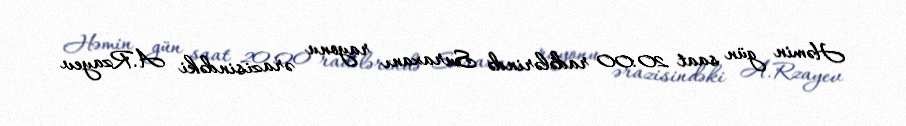
Həmin gün saat 20:00 radələrində Suraxanı rayonu ərazisindəki A.Rzayev